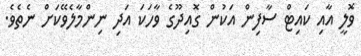
ވޮލީ އާއި ކައިޓް ސާފިން އަކުން ގޮއިދޫގެ ވާހަކަ އަދި ނިންމާލެވޭކަށް ނެތެވެ.